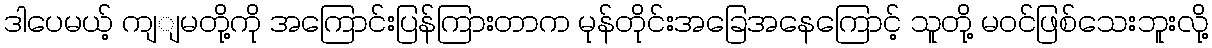
ဒါပေမယ့် ကျျမတို့ကို အကြောင်းပြန်ကြားတာက မုန်တိုင်းအခြေအနေကြောင့် သူတို့ မဝင်ဖြစ်သေးဘူးလို့